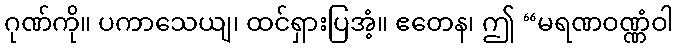
ဂုဏ်ကို။ ပကာသေယျ၊ ထင်ရှားပြအံ့။ ဧတေန၊ ဤ “မရဏဝဏ္ဏံဝါ